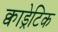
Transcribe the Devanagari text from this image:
क्वाड्रेटिक